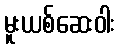
မူးယစ်ဆေးဝါး